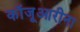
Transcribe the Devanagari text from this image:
कॉजूआरीना